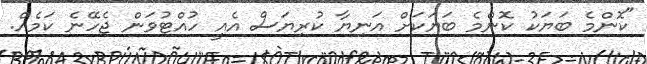
"ކޮންމެ ބަޔަކު ކޮންމެ ބަޔަކަށް އަނިޔާ ކުރިޔަސް އެއީ ހުއްޓުވަން ޖެހޭނެ ކަމެއް.